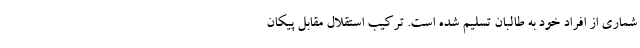
شماری از افراد خود به طالبان تسلیم شده است. ترکیب استقلال مقابل پیکان